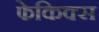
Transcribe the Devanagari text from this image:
फेकिक्स